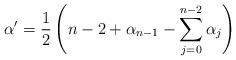
LaTeX: \begin{align*}\alpha'=\frac{1}{2}\left(n-2+\alpha_{n-1}-\sum_{j=0}^{n-2}\alpha_j\right)\end{align*}